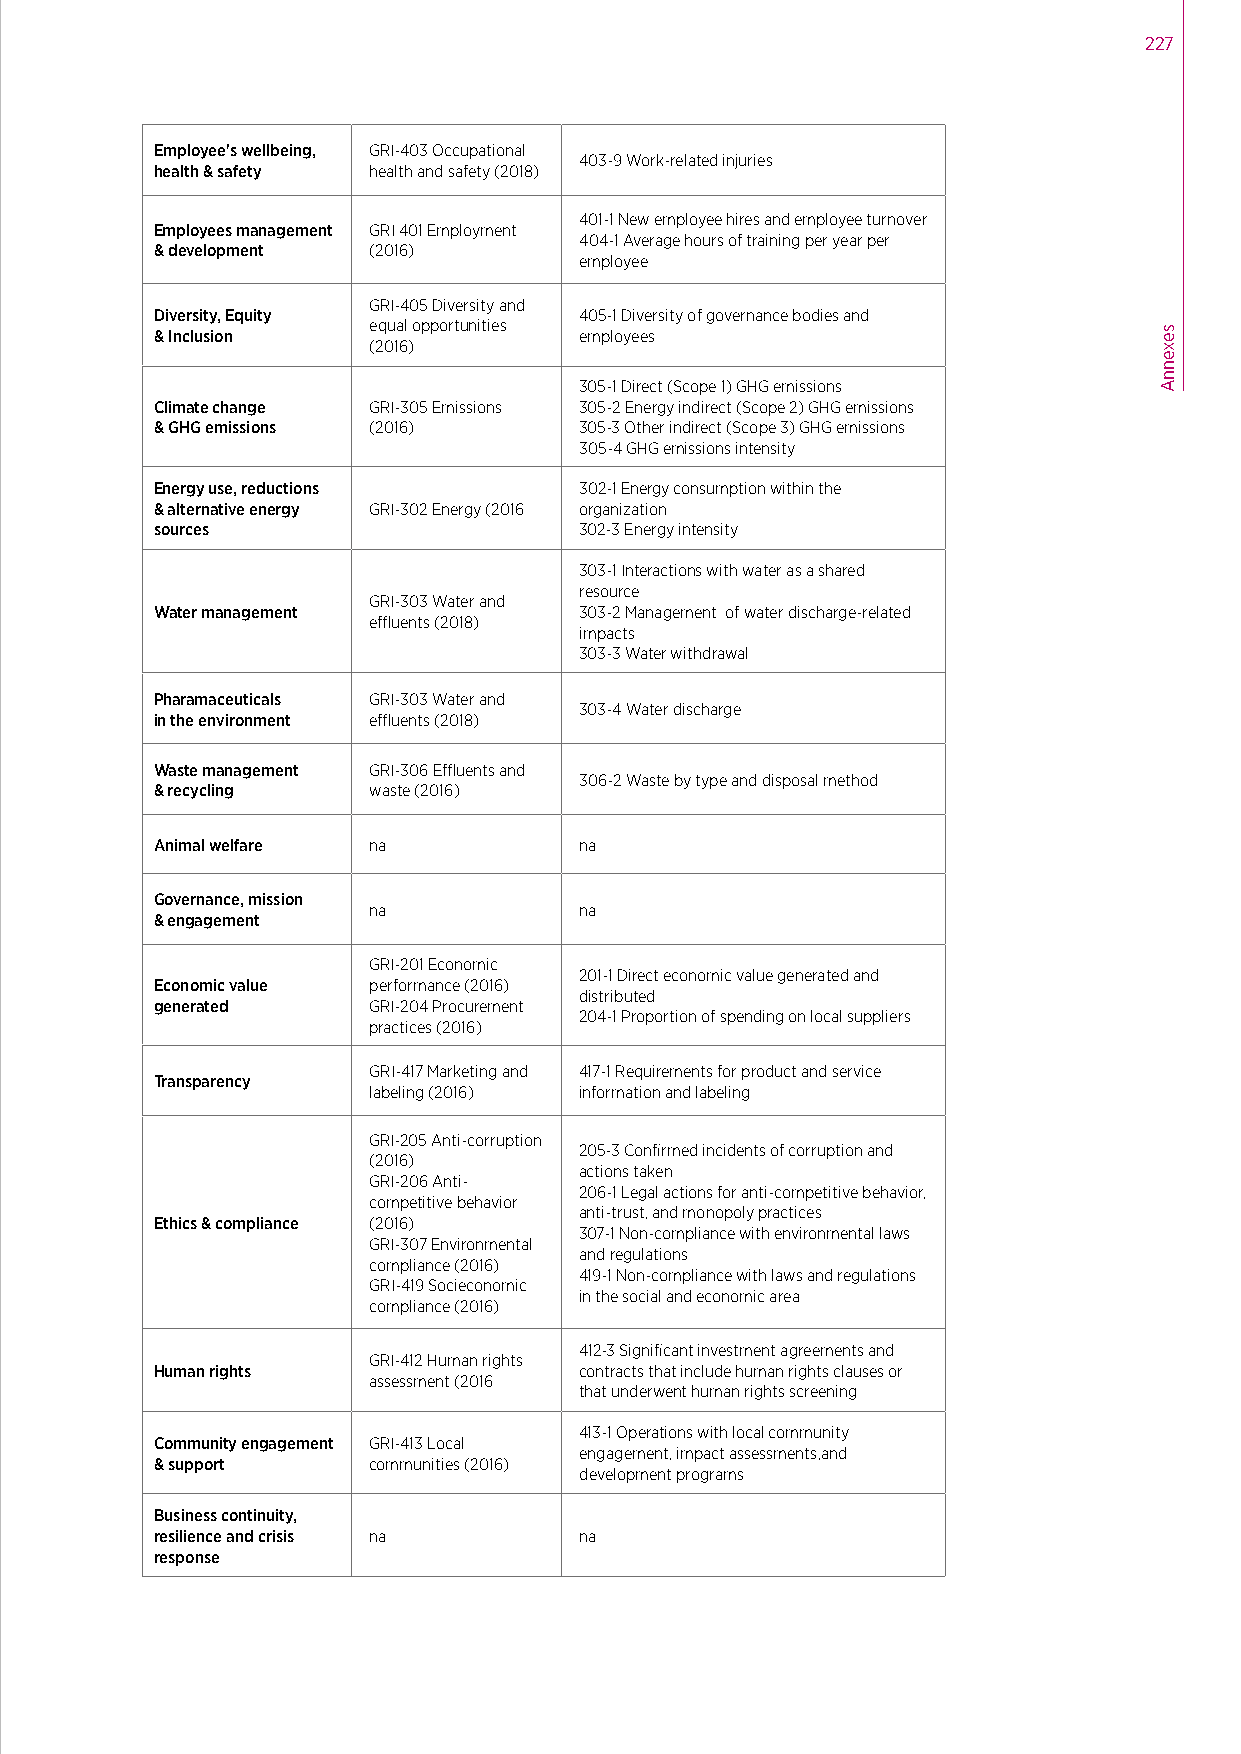
227
 Employee's wellbeing, GRI-403 Occupational
 403-9 Work-related injuries
 health & safety health and safety (2018)
 401-1 New employee hires and employee turnover
 Employees management GRI 401 Employment
 404-1 Average hours of training per year per
 & development (2016)
 employee
 GRI-405 Diversity and
 Diversity, Equity           405-1 Diversity of governance bodies and
 equal opportunities & Inclusion employees
 (2016)
 305-1 Direct (Scope 1) GHG emissions
 Climate change GRI-305 Emissions 305-2 Energy indirect (Scope 2) GHG emissions
 & GHG emissions (2016)      305-3 Other indirect (Scope 3) GHG emissions
 305-4 GHG emissions intensity
 Energy use, reductions      302-1 Energy consumption within the
 & alternative energy GRI-302 Energy (2016 organization
 sources                     302-3 Energy intensity
 303-1 Interactions with water as a shared
 resource
 GRI-303 Water and
 Water management            303-2 Management of water discharge-related
 effluents (2018)
 impacts
 303-3 Water withdrawal
 Pharamaceuticals GRI-303 Water and
 303-4 Water discharge
 in the environment effluents (2018)
 Waste management GRI-306 Effluents and
 306-2 Waste by type and disposal method
 & recycling   waste (2016)
 Animal welfare na           na
 Governance, mission
 na            na
 & engagement
 GRI-201 Economic
 201-1 Direct economic value generated and
 Economic value performance (2016)
 distributed
 generated     GRI-204 Procurement
 204-1 Proportion of spending on local suppliers
 practices (2016)
 GRI-417 Marketing and 417-1 Requirements for product and service
 Transparency
 labeling (2016) information and labeling
 GRI-205 Anti-corruption
 205-3 Confirmed incidents of corruption and
 (2016)
 actions taken
 GRI-206 Anti-
 206-1 Legal actions for anti-competitive behavior,
 competitive behavior
 anti-trust, and monopoly practices
 Ethics & compliance (2016)
 307-1 Non-compliance with environmental laws
 GRI-307 Environmental
 and regulations
 compliance (2016)
 419-1 Non-compliance with laws and regulations
 GRI-419 Socieconomic
 in the social and economic area
 compliance (2016)
 412-3 Significant investment agreements and
 GRI-412 Human rights
 Human rights                contracts that include human rights clauses or
 assessment (2016
 that underwent human rights screening
 413-1 Operations with local community
 Community engagement GRI-413 Local
 engagement, impact assessments,and
 & support     communities (2016)
 development programs
 Business continuity,
 resilience and crisis na    na
 response
 sexennA